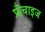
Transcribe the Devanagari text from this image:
फ्रँचाइज